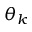
\theta _ { k }